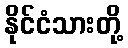
နိုင်ငံသားတို့